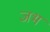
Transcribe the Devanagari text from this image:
जभ